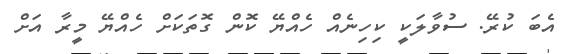
އެބަ ކުރޭ. ސުވާލަކީ ކިހިނެއް ހެއްޔޭ ކޮން ގޮތަކަށް ހެއްޔޭ މީރާ އަށް